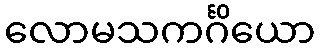
လောမသကင်္ဂိယော